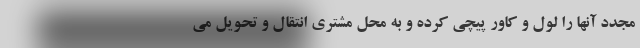
مجدد آنها را لول و کاور پیچی کرده و به محل مشتری انتقال و تحویل می